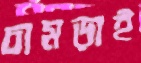
চামড়াই